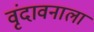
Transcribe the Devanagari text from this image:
वृंदावनाला